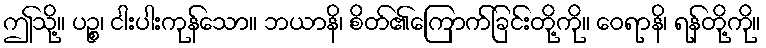
ဤသို့။ ပဉ္စ၊ ငါးပါးကုန်သော။ ဘယာနိ၊ စိတ်၏ကြောက်ခြင်းတို့ကို။ ဝေရာနိ၊ ရန်တို့ကို။